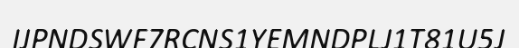
IJPNDSWF7RCNS1YEMNDPLJ1T81U5J